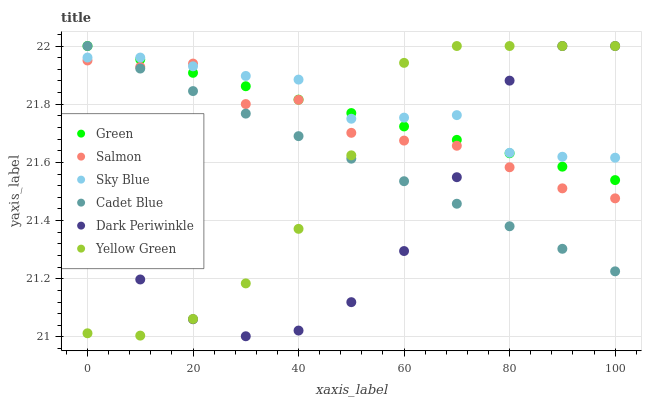
| xaxis_label | Green | Salmon | Sky Blue | Cadet Blue | Dark Periwinkle | Yellow Green |
 | --- | --- | --- | --- | --- | --- | --- |
 | 0 | 22 | 22 | 22 | 22 | 21.4 | 21 |
 | 10 | 22 | 21.9 | 22 | 21.9 | 21.2 | 21 |
 | 20 | 21.9 | 21.9 | 21.9 | 21.8 | 21.1 | 21.1 |
 | 30 | 21.9 | 21.8 | 21.9 | 21.8 | 21 | 21.2 |
 | 40 | 21.8 | 21.8 | 21.9 | 21.7 | 21 | 21.4 |
 | 50 | 21.8 | 21.7 | 21.8 | 21.6 | 21.1 | 21.6 |
 | 60 | 21.7 | 21.7 | 21.8 | 21.5 | 21.3 | 21.9 |
 | 70 | 21.7 | 21.7 | 21.8 | 21.5 | 21.5 | 22 |
 | 80 | 21.6 | 21.6 | 21.6 | 21.4 | 21.9 | 22 |
 | 90 | 21.6 | 21.5 | 21.6 | 21.3 | 22 | 22 |
 | 100 | 21.5 | 21.5 | 21.6 | 21.2 | 22 | 22 |